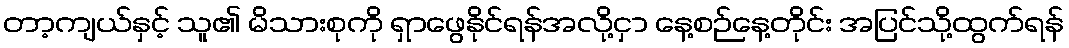
တာ့ကျယ်နှင့် သူ၏ မိသားစုကို ရှာဖွေနိုင်ရန်အလို့ငှာ နေ့စဉ်နေ့တိုင်း အပြင်သို့ထွက်ရန်